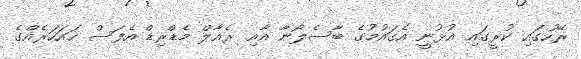
ރޭހުގައި ކުރީގައި އުޅުނީ އެގައުމުގެ ބާސެލޯނާ އާއި ރެއާލް މެޑްރިޑް އެފަސް ހައަހަރެއްގެ